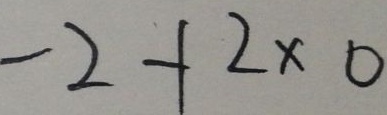
- 2 + 2 \times 0